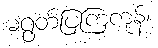
မရွတ်ပြကြကုန်၊